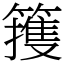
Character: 䉟